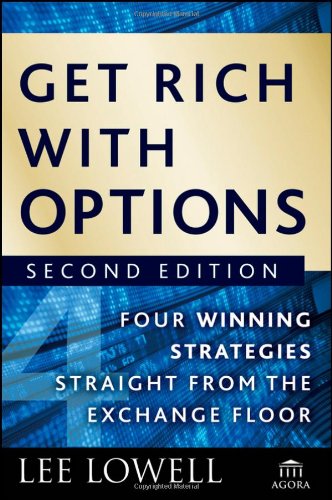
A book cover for Get Rich with Options: Four Winning Strategies Straight from the Exchange Floor; Lee Lowell; Business & Money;